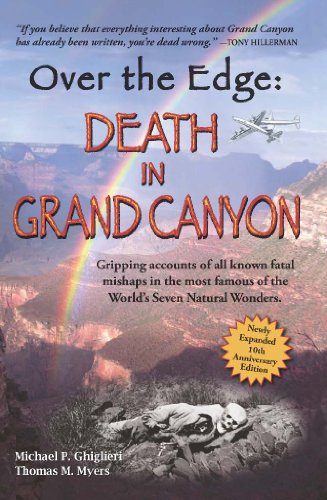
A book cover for Over The Edge: Death in Grand Canyon, Newly Expanded 10th Anniversary Edition; Michael P. Ghiglieri; History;